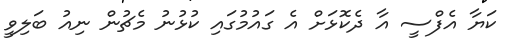
ކަޔާ އެފްސީ އާ ދެކޮޅަށް އެ ގައުމުގައި ކުޅުނު މެޗުން ނިއު ބަލިވީ